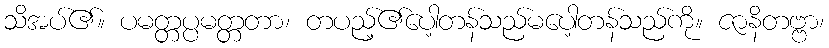
သိအပ်၏။ ပမတ္တပ္ပမတ္တတာ၊ တပည့်၏ပေါ့တန်သည်မပေါ့တန်သည်ကို။ ဇာနိတဗ္ဗာ၊